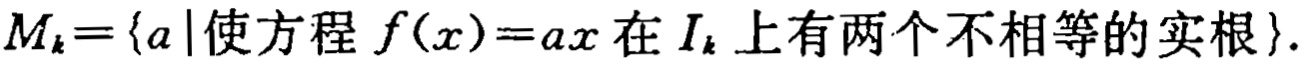
\(M_{k}=\{a\mid \text{使方程 }f(x)=ax\text{ 在 }I_{k}\text{ 上有两个不相等的实根}\}\)